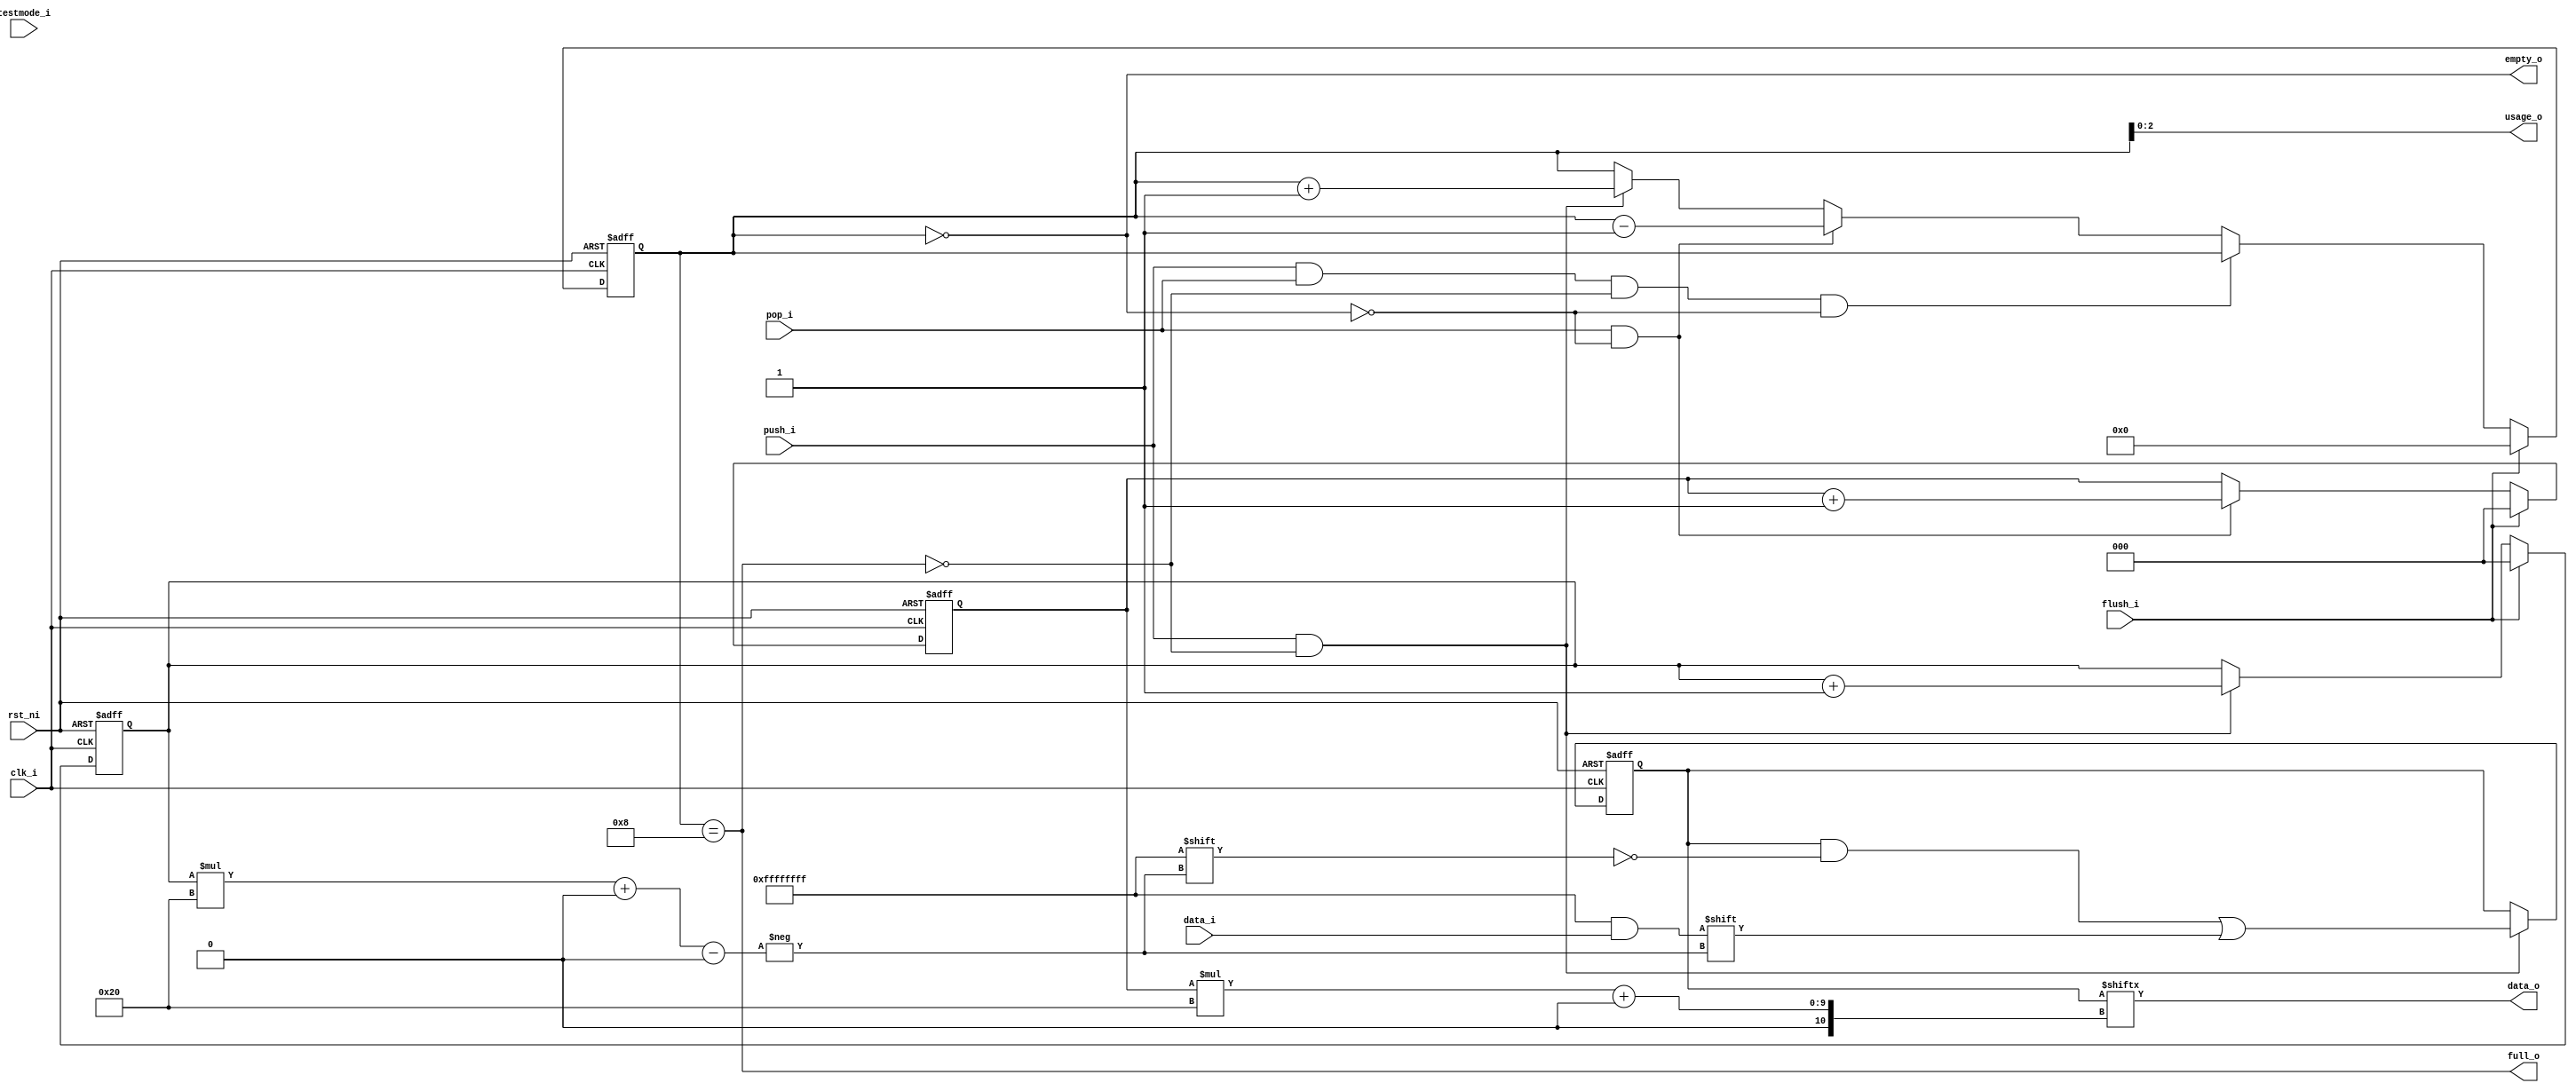
module fifo_v3 (
	clk_i,
	rst_ni,
	flush_i,
	testmode_i,
	full_o,
	empty_o,
	usage_o,
	data_i,
	push_i,
	data_o,
	pop_i
);
	parameter [0:0] FALL_THROUGH = 1'b0;
	parameter [31:0] DATA_WIDTH = 32;
	parameter [31:0] DEPTH = 8;
	parameter [31:0] ADDR_DEPTH = (DEPTH > 1 ? $clog2(DEPTH) : 1);
	input wire clk_i;
	input wire rst_ni;
	input wire flush_i;
	input wire testmode_i;
	output wire full_o;
	output wire empty_o;
	output wire [ADDR_DEPTH - 1:0] usage_o;
	input wire [DATA_WIDTH - 1:0] data_i;
	input wire push_i;
	output reg [DATA_WIDTH - 1:0] data_o;
	input wire pop_i;
	localparam [31:0] FIFO_DEPTH = (DEPTH > 0 ? DEPTH : 1);
	reg gate_clock;
	reg [ADDR_DEPTH - 1:0] read_pointer_n;
	reg [ADDR_DEPTH - 1:0] read_pointer_q;
	reg [ADDR_DEPTH - 1:0] write_pointer_n;
	reg [ADDR_DEPTH - 1:0] write_pointer_q;
	reg [ADDR_DEPTH:0] status_cnt_n;
	reg [ADDR_DEPTH:0] status_cnt_q;
	reg [(FIFO_DEPTH * DATA_WIDTH) - 1:0] mem_n;
	reg [(FIFO_DEPTH * DATA_WIDTH) - 1:0] mem_q;
	assign usage_o = status_cnt_q[ADDR_DEPTH - 1:0];
	generate
		if (DEPTH == 0) begin : genblk1
			assign empty_o = ~push_i;
			assign full_o = ~pop_i;
		end
		else begin : genblk1
			assign full_o = status_cnt_q == FIFO_DEPTH[ADDR_DEPTH:0];
			assign empty_o = (status_cnt_q == 0) & ~(FALL_THROUGH & push_i);
		end
	endgenerate
	always @(*) begin : read_write_comb
		read_pointer_n = read_pointer_q;
		write_pointer_n = write_pointer_q;
		status_cnt_n = status_cnt_q;
		data_o = (DEPTH == 0 ? data_i : mem_q[read_pointer_q * DATA_WIDTH+:DATA_WIDTH]);
		mem_n = mem_q;
		gate_clock = 1'b1;
		if (push_i && ~full_o) begin
			mem_n[write_pointer_q * DATA_WIDTH+:DATA_WIDTH] = data_i;
			gate_clock = 1'b0;
			if (write_pointer_q == (FIFO_DEPTH[ADDR_DEPTH - 1:0] - 1))
				write_pointer_n = 1'sb0;
			else
				write_pointer_n = write_pointer_q + 1;
			status_cnt_n = status_cnt_q + 1;
		end
		if (pop_i && ~empty_o) begin
			if (read_pointer_n == (FIFO_DEPTH[ADDR_DEPTH - 1:0] - 1))
				read_pointer_n = 1'sb0;
			else
				read_pointer_n = read_pointer_q + 1;
			status_cnt_n = status_cnt_q - 1;
		end
		if (((push_i && pop_i) && ~full_o) && ~empty_o)
			status_cnt_n = status_cnt_q;
		if ((FALL_THROUGH && (status_cnt_q == 0)) && push_i) begin
			data_o = data_i;
			if (pop_i) begin
				status_cnt_n = status_cnt_q;
				read_pointer_n = read_pointer_q;
				write_pointer_n = write_pointer_q;
			end
		end
	end
	always @(posedge clk_i or negedge rst_ni)
		if (~rst_ni) begin
			read_pointer_q <= 1'sb0;
			write_pointer_q <= 1'sb0;
			status_cnt_q <= 1'sb0;
		end
		else if (flush_i) begin
			read_pointer_q <= 1'sb0;
			write_pointer_q <= 1'sb0;
			status_cnt_q <= 1'sb0;
		end
		else begin
			read_pointer_q <= read_pointer_n;
			write_pointer_q <= write_pointer_n;
			status_cnt_q <= status_cnt_n;
		end
	always @(posedge clk_i or negedge rst_ni)
		if (~rst_ni)
			mem_q <= 1'sb0;
		else if (!gate_clock)
			mem_q <= mem_n;
endmodule